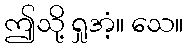
ဤသို့ ရှုအံ့။ သေ။